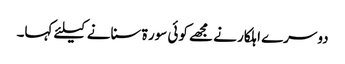
دوسرے اہلکار نے مجھے کوئی سور ۃ سنانے کیلئے کہا۔